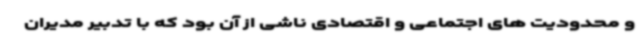
و محدودیت های اجتماعی و اقتصادی ناشی از آن بود که با تدبیر مدیران